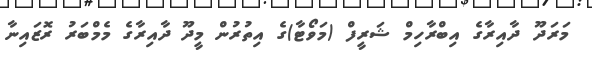
މަރަދޫ ދާއިރާގެ އިބްރާހިމް ޝަރީފް (މަވޯޓާ)ގެ އިތުރުން މީދޫ ދާއިރާގެ މެމްބަރު ރޮޒައިނާ